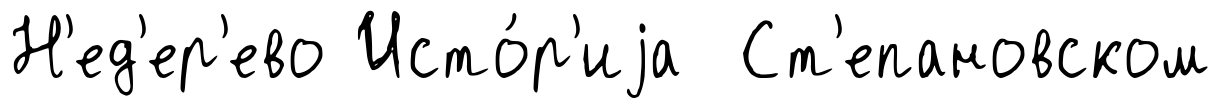
Н'ед'ер'ево Исто́р'иjа Ст'епановском